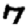
Digit: 7